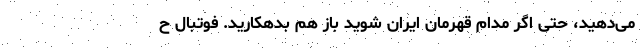
می‌دهید، حتی اگر مدام قهرمان ایران شوید باز هم بدهکارید. فوتبال ح